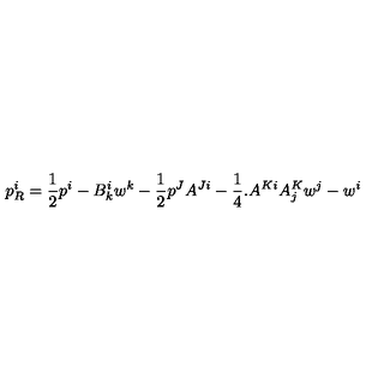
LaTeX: p _ { R } ^ { i } = \frac { 1 } { 2 } p ^ { i } - B _ { k } ^ { i } w ^ { k } - \frac { 1 } { 2 } p ^ { J } A ^ { J i } - \frac { 1 } { 4 } . A ^ { K i } A _ { j } ^ { K } w ^ { j } - w ^ { i }